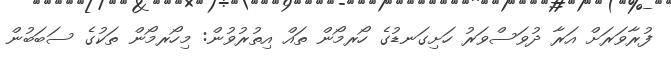
ފުރާވަރަށް އަރާ ދުވަސްވަރު ހަށިގަނޑުގެ ހޯރމޯން ތައް އިތުރުވުން: މިހޯރމޯން ތަކުގެ ސަބަބުން